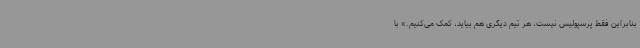
بنابراین فقط پرسپولیس نیست، هر تیم دیگری هم بیاید، کمک می‌کنیم.» با